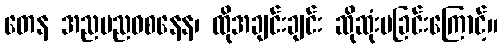
တေန အညမညဝစနေန၊ ထိုအချင်းချင်း ဆိုဆုံးမခြင်းကြောင့်။